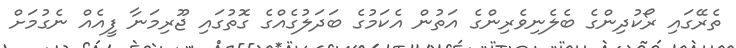
ތެރޭގައި ރޯކުދިންގެ ބެލެނިވެރިންގެ އަތުން އެކަމުގެ ބަދަލުގެއްގެ ގޮތުގައި ޖޫރިމަނާ ފީއެއް ނެގުމަށް